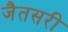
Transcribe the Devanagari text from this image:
जैतसरी